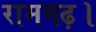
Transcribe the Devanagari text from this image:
रामगढ़।